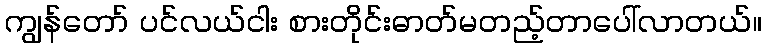
ကျွန်တော် ပင်လယ်ငါး စားတိုင်းဓာတ်မတည့်တာပေါ်လာတယ်။